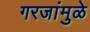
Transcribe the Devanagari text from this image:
गरजांमुळे